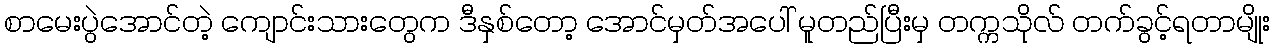
စာမေးပွဲအောင်တဲ့ ကျောင်းသားတွေက ဒီနှစ်တော့ အောင်မှတ်အပေါ် မူတည်ပြီးမှ တက္ကသိုလ် တက်ခွင့်ရတာမျိုး